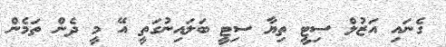
ގެނައި އަޒުލް ސިޓީ ތިޔާ ސިޓީ ބަލައިނުގަތީ އޭ މީ ދެން ތަމެން